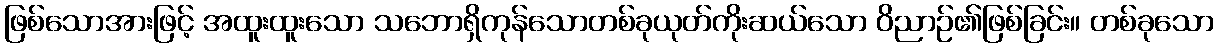
ဖြစ်သောအားဖြင့် အထူးထူးသော သဘောရှိကုန်သောတစ်ခုယုတ်ကိုးဆယ်သော ဝိညာဉ်၏ဖြစ်ခြင်း။ တစ်ခုသော